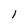
Character: 1